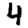
Digit: 4